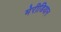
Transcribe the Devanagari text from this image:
मेरीडियान